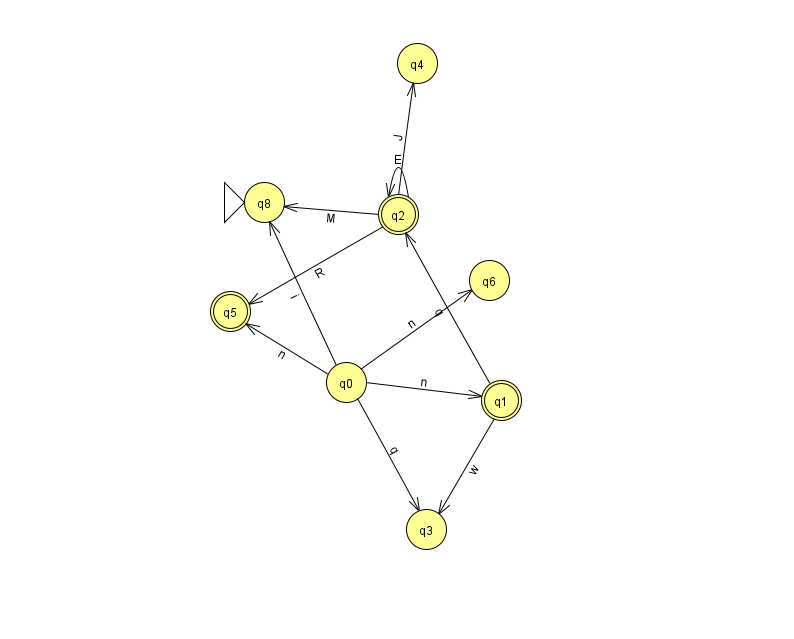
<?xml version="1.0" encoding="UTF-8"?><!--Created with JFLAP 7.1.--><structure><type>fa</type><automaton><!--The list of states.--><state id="0" name="q0"><x>346.0</x><y>369.0</y></state><state id="1" name="q1"><x>501.0</x><y>387.0</y><final/></state><state id="2" name="q2"><x>398.0</x><y>201.0</y><final/></state><state id="3" name="q3"><x>426.0</x><y>516.0</y></state><state id="4" name="q4"><x>417.0</x><y>50.0</y></state><state id="5" name="q5"><x>230.0</x><y>298.0</y><final/></state><state id="6" name="q6"><x>489.0</x><y>267.0</y></state><state id="8" name="q8"><x>264.0</x><y>189.0</y><initial/></state><!--The list of transitions.--><transition><from>2</from><to>8</to><read>M</read></transition><transition><from>0</from><to>3</to><read>q</read></transition><transition><from>0</from><to>6</to><read>n</read></transition><transition><from>2</from><to>5</to><read>R</read></transition><transition><from>1</from><to>3</to><read>w</read></transition><transition><from>0</from><to>5</to><read>n</read></transition><transition><from>2</from><to>2</to><read>E</read></transition><transition><from>0</from><to>1</to><read>n</read></transition><transition><from>0</from><to>8</to><read>i</read></transition><transition><from>2</from><to>4</to><read>J</read></transition><transition><from>1</from><to>2</to><read>q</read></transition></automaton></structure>